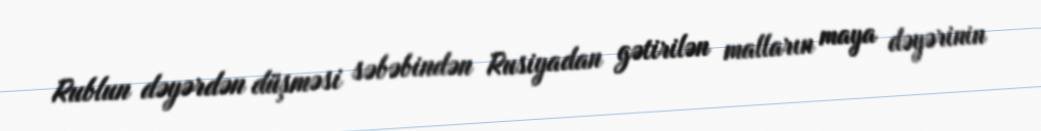
Rublun dəyərdən düşməsi səbəbindən Rusiyadan gətirilən malların maya dəyərinin